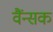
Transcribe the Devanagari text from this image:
वैंन्सक